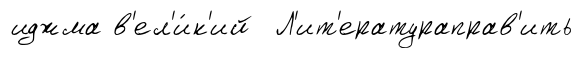
иджма в'ел'и́к'ий Л'ит'ератураправ'ить